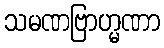
သမဏဗြာဟ္မဏာ